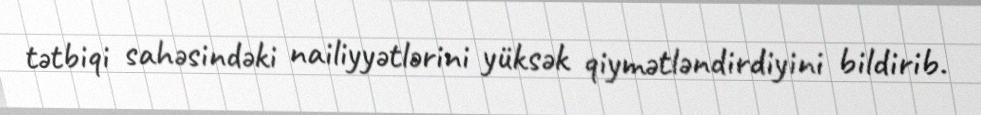
tətbiqi sahəsindəki nailiyyətlərini yüksək qiymətləndirdiyini bildirib.